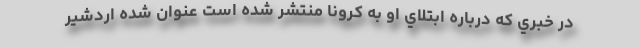
در خبري كه درباره ابتلاي او به كرونا منتشر شده است عنوان شده اردشير